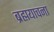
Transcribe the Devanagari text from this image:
ब्रह्मयाचना